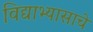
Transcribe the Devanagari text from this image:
विद्याभ्यासाचे